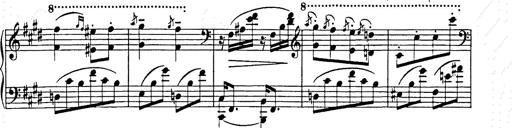
Title: Hungarian Rhapsody No.9
Composer: Franz Liszt
Key: E-flat major